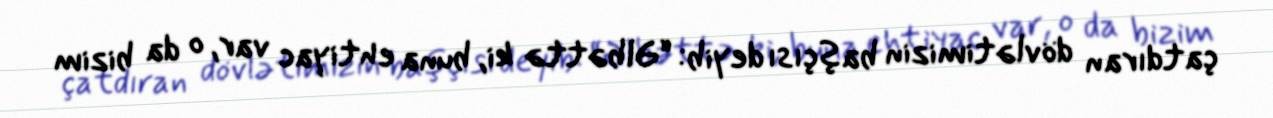
çatdıran dövlətimizin başçısı deyib: “Əlbəttə ki, buna ehtiyac var, o da bizim